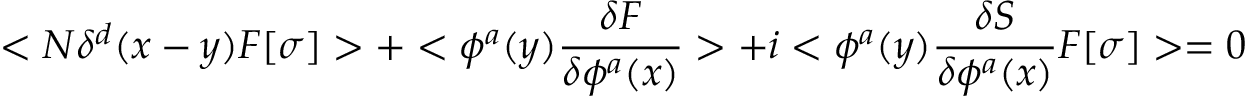
< N \delta ^ { d } ( x - y ) F [ \sigma ] > + < \phi ^ { a } ( y ) { \frac { \delta F } { \delta \phi ^ { a } ( x ) } } > + i < \phi ^ { a } ( y ) { \frac { \delta S } { \delta \phi ^ { a } ( x ) } } F [ \sigma ] > = 0